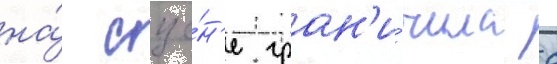
на́ сце́н'е гран'и́чила с